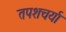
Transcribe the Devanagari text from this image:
तपशचर्या